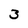
Character: 3